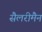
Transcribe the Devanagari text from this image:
सैलरीमैन